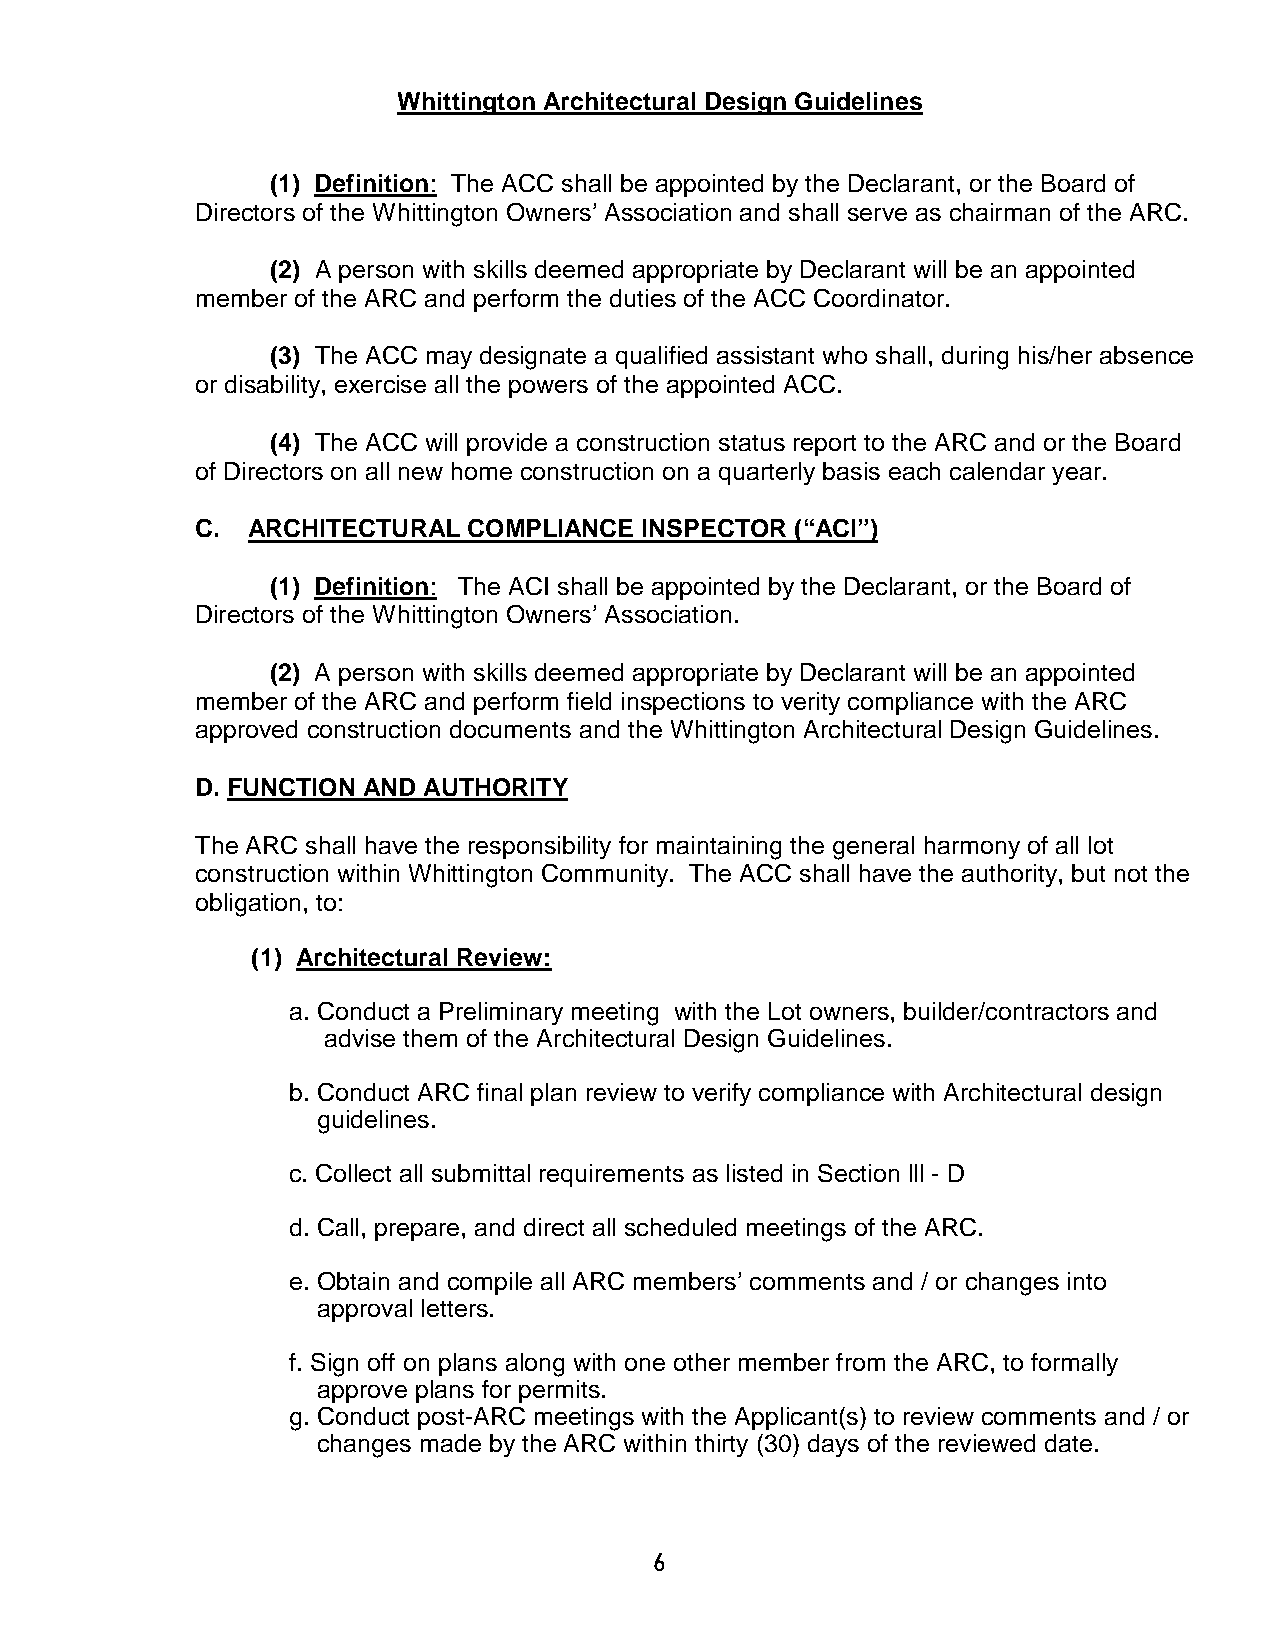
Whittington Architectural Design Guidelines
 (1) Definition: The ACC shall be appointed by the Declarant, or the Board of
 Directors of the Whittington Owners’ Association and shall serve as chairman of the ARC.
 (2) A person with skills deemed appropriate by Declarant will be an appointed
 member of the ARC and perform the duties of the ACC Coordinator.
 (3) The ACC may designate a qualified assistant who shall, during his/her absence
 or disability, exercise all the powers of the appointed ACC.
 (4) The ACC will provide a construction status report to the ARC and or the Board
 of Directors on all new home construction on a quarterly basis each calendar year.
 C. ARCHITECTURAL  COMPLIANCE INSPECTOR  (“ACI”)
 (1) Definition: The ACI shall be appointed by the Declarant, or the Board of
 Directors of the Whittington Owners’ Association.
 (2) A person with skills deemed appropriate by Declarant will be an appointed
 member of the ARC and perform field inspections to verity compliance with the ARC
 approved construction documents and the Whittington Architectural Design Guidelines.
 D. FUNCTION AND AUTHORITY
 The ARC shall have the responsibility for maintaining the general harmony of all lot
 construction within Whittington Community. The ACC shall have the authority, but not the
 obligation, to:
 (1) Architectural Review:
 a. Conduct a Preliminary meeting with the Lot owners, builder/contractors and
 advise them of the Architectural Design Guidelines.
 b. Conduct ARC final plan review to verify compliance with Architectural design
 guidelines.
 c. Collect all submittal requirements as listed in Section lll - D
 d. Call, prepare, and direct all scheduled meetings of the ARC.
 e. Obtain and compile all ARC members’ comments and / or changes into
 approval letters.
 f. Sign off on plans along with one other member from the ARC, to formally
 approve plans for permits.
 g. Conduct post-ARC meetings with the Applicant(s) to review comments and / or
 changes made by the ARC within thirty (30) days of the reviewed date.
 6